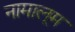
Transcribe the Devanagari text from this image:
नामालूम